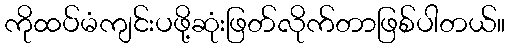
ကိုထပ်မံကျင်းပဖို့ဆုံးဖြတ်လိုက်တာဖြစ်ပါတယ်။